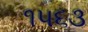
૧૫૬૩